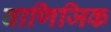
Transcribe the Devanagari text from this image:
वाणिजिक